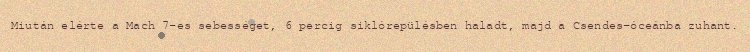
Miután elérte a Mach 7-es sebességet, 6 percig siklórepülésben haladt, majd a Csendes-óceánba zuhant.